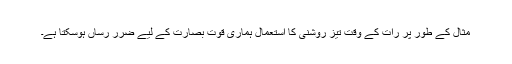
مثال کے طور پر رات کے وقت تیز روشنی کا استعمال ہماری قوتِ بصارت کے لیے ضرر رساں ہوسکتا ہے۔